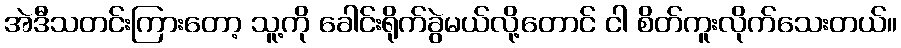
အဲဒီသတင်းကြားတော့ သူ့ကို ခေါင်းရိုက်ခွဲမယ်လို့တောင် ငါ စိတ်ကူးလိုက်သေးတယ်။